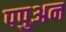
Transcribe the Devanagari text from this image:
पपुअन